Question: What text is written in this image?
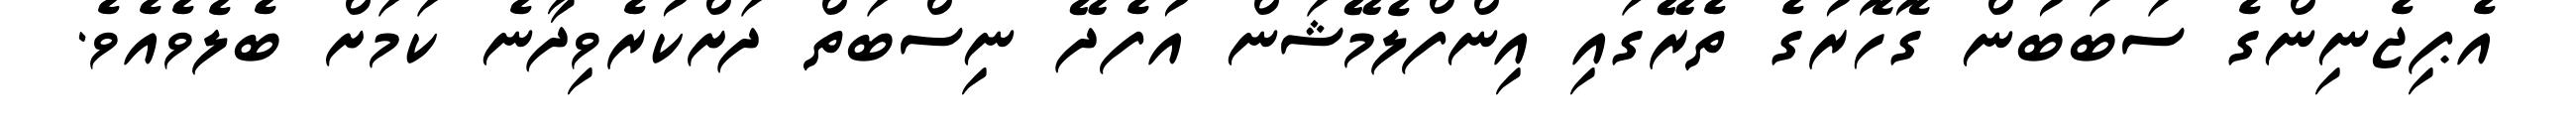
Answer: އެޕިޖެނިންގެ ސަބަބުން ގޮހޮރުގެ ތެރޭގައި އިންފްލެމޭޝަން އުފެދޭ ނިސްބަތް ދަށްކުރެވިދާނެ ކަމަށް ބެލެވެއެވެ.